Lunatic asylums in Bengal annual reports 1888-1898 - 1888-1898
Year: 1888
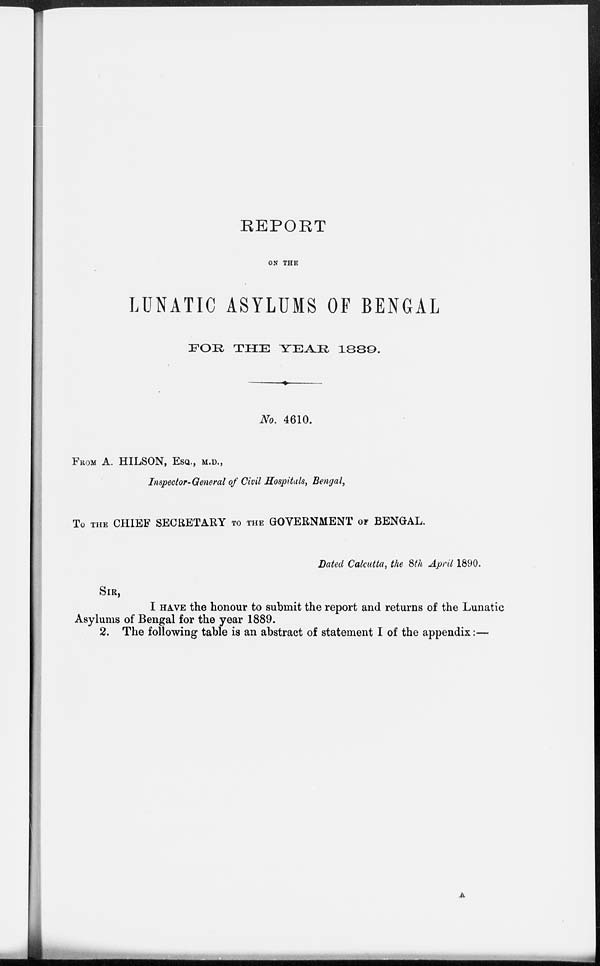
REPORT
ON THE
LUNATIC ASYLUMS OF BENGAL
FOR THE YEAR
1889.
No. 4610.
FROM A. HILSON, ESQ., M.D.,
Inspector-General of Civil Hospitals, Bengal,
To THE CHIEF SECRETARY TO THE GOVERNMENT OF BENGAL.
Dated Calcutta, the 8th April 1890.
SIR,
I HAVE the honour to submit the report and returns of the Lunatic
Asylums of Bengal for the year 1889.
2. The following table is an abstract of statement I of the appendix:—
A